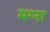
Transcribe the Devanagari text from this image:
मग्ना